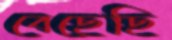
বেছেছি